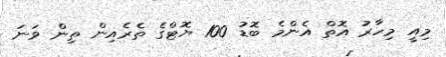
މިއީ މިހާރު އޮތް އެންމެ ބޮޑު 100 ޔޮޓްގެ ތެރެއިން ތިން ވަނަ